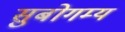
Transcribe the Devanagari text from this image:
सुबोगम्य